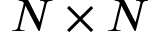
N \times N